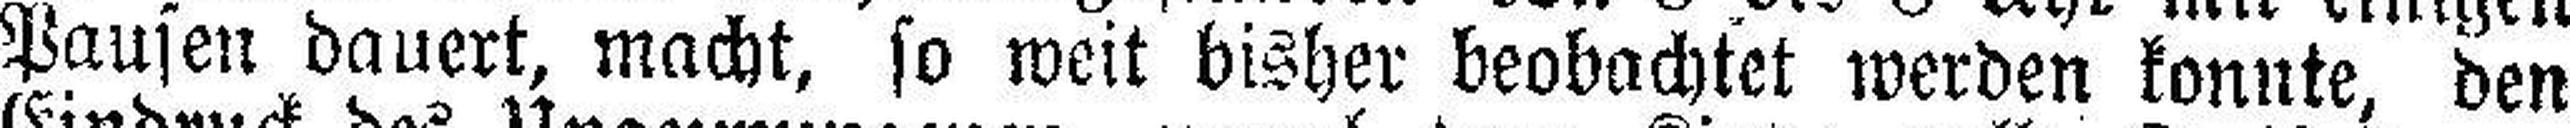
Pausen dauert, macht, so weit bisher beobachtet werden konnte, den